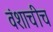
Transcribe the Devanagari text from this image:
वंशाचीच